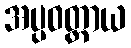
အပ္ပဝတ္တာယ